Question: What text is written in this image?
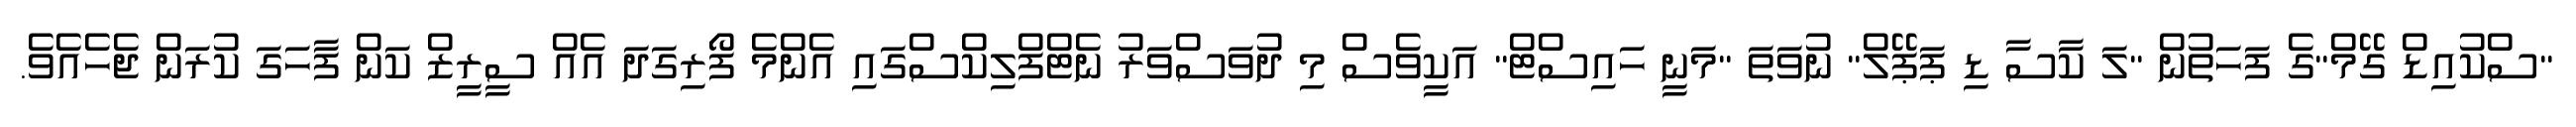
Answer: "ސްކުއިޑް ގޭމް"ގެ ފަހަތުން "ލަ ކާސާ ޑި ޕަޕޭލް" ނުވަތަ "މަނީ ހައިސްޓް" އަކީވެސް މި ދުވަސްވަރު ނެޓްފްލިކްސްގައި އެންމެ ފޯރިގަދަ އެއް ސީރީޒް ކަން ފާހަގަ ކުރަން ޖެހެއެވެ.